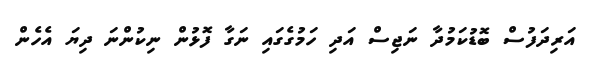
އަރިދަފުސް ބޮޑުކަމުދާ ނަޖިސް އަދި ހަމުގެގައި ނަގާ ފޮޅުން ނިކުންނަ ދިޔަ އެހެން